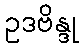
ဥဒဗိန္ဒု